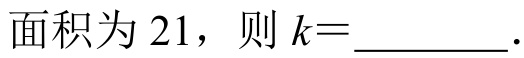
面积为 $21$，则 $k = \_\_\_\_\_$.